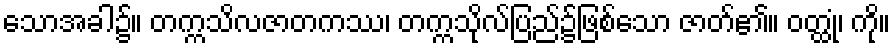
သောအခါ၌။ တက္ကသိလဇာတကဿ၊ တက္ကသိုလ်ပြည်၌ဖြစ်သော ဇာတ်၏။ ဝတ္ထုံ၊ ကို။